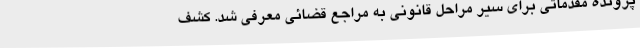
پرونده مقدماتی برای سیر مراحل قانونی به مراجع قضائی معرفی شد. کشف